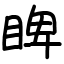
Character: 睥